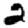
Digit: 2